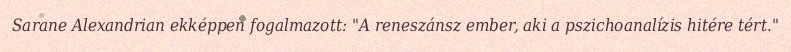
Sarane Alexandrian ekképpen fogalmazott: "A reneszánsz ember, aki a pszichoanalízis hitére tért."